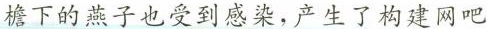
檐下的燕子也受到感染，产生了构建网吧